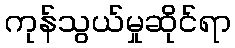
ကုန်သွယ်မှုဆိုင်ရာ